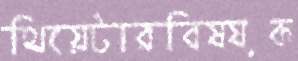
থিয়েটারবিষয়ক